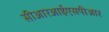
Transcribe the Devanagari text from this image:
सीआरआईएसपीआर